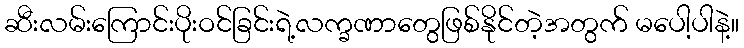
ဆီးလမ်းကြောင်းပိုးဝင်ခြင်းရဲ့လက္ခဏာတွေဖြစ်နိုင်တဲ့အတွက် မပေါ့ပါနဲ့။